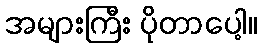
အများကြီး ပိုတာပေါ့။